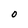
Character: O